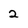
Character: 2